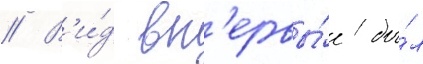
// В'и́д вп'ервы́е бы́л